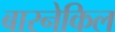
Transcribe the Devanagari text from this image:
बारनेकिल